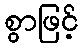
စွာဖြင့်